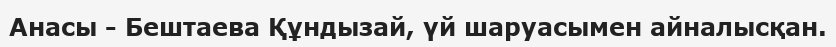
Анасы - Бештаева Құндызай, үй шаруасымен айналысқан.